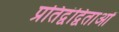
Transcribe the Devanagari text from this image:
प्रतिद्वंद्विताओं